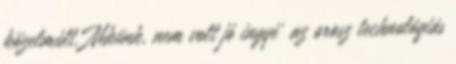
közelmúlt. Nekünk, nem volt jó ingyé' az orosz technológiás